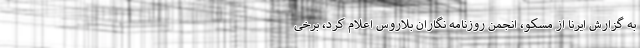
به گزارش ایرنا از مسکو، انجمن روزنامه نگاران بلاروس اعلام کرد، برخی